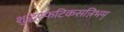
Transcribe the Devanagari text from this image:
शुद्धस्फटिकसन्निभम्